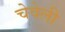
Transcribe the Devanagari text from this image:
चेवेली